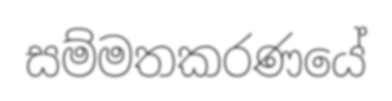
සම්මතකරණයේ